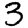
Digit: 3